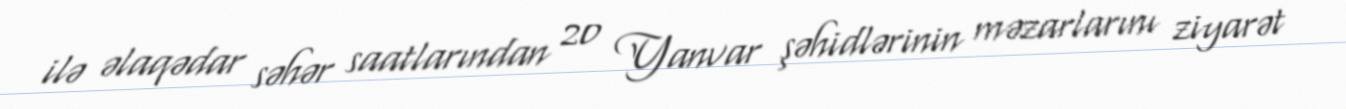
ilə əlaqədar səhər saatlarından 20 Yanvar şəhidlərinin məzarlarını ziyarət